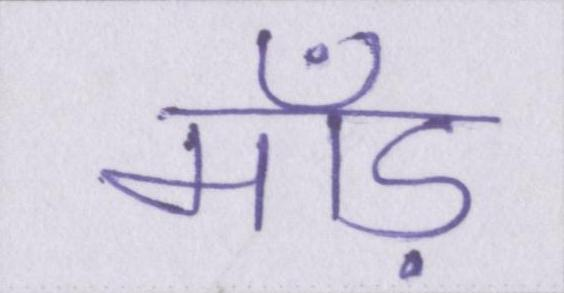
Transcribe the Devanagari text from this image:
माँड़